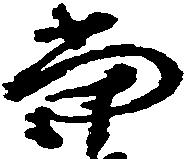
当